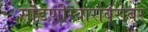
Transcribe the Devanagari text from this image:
सांडणीस्वारांबरोबर